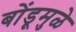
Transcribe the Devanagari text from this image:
बोंडूमुळे